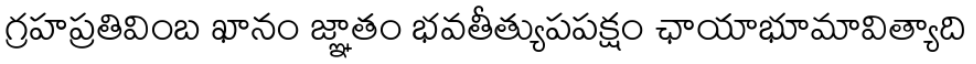
గ్రహప్రతివింబ ఖానం జ్ఞాతం భవతీత్యుపపక్షం ఛాయాభూమావిత్యాది